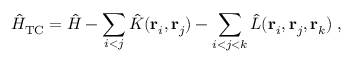
\hat { H } _ { \mathrm { T C } } = \hat { H } - \sum _ { i < j } \hat { K } ( { \bf r } _ { i } , { \bf r } _ { j } ) - \sum _ { i < j < k } \hat { L } ( { \bf r } _ { i } , { \bf r } _ { j } , { \bf r } _ { k } ) \; ,